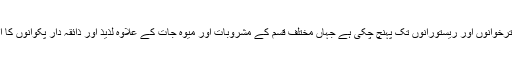
اورافطاری دسترخوانوں اور ریستورانوں تک پہنچ چکی ہے جہاں مختلف قسم کے مشروبات اور میوہ جات کے علاوہ لذیذ اور ذائقہ دار پکوانوں کا اہتمام ہو تا ہے۔